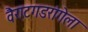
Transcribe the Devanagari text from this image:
वैराटगडरांगेला